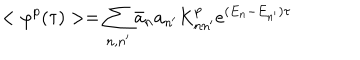
LaTeX: < \varphi ^ { p } ( \tau ) > = \sum _ { n , n ^ { \prime } } \bar { a } _ { n } a _ { n ^ { \prime } } K _ { n n ^ { \prime } } ^ { p } e ^ { ( E _ { n } - E _ { n ^ { \prime } } ) \tau }